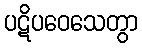
ပဋိပဝေသေတွာ